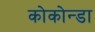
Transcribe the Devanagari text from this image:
कोकोन्डा